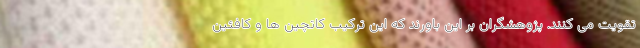
تقویت می کنند. پژوهشگران بر این باورند که این ترکیب کاتچین ها و کافئین